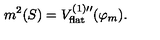
m ^ { 2 } ( S ) = V _ { \mathrm { \scriptsize f l a t } } ^ { ( 1 ) \prime \prime } ( \varphi _ { m } ) .